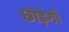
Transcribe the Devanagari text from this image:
छोड़ेगी